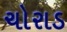
ચોરાડ